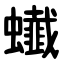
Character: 䘂